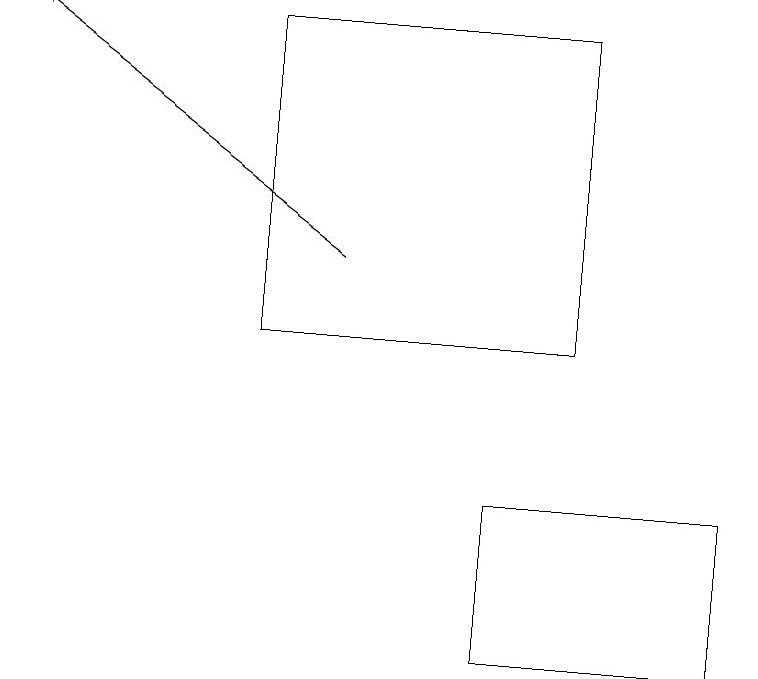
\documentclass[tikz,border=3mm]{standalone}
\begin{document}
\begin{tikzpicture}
\draw[->] (4,15) -- (0,18);
\draw (6,10) rectangle (9,12);
\draw (3,14) rectangle (7,18);
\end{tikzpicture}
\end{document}